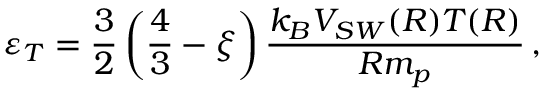
\varepsilon _ { T } = \frac { 3 } { 2 } \left( \frac { 4 } { 3 } - \xi \right) \frac { k _ { B } V _ { S W } ( R ) T ( R ) } { R m _ { p } } \, ,